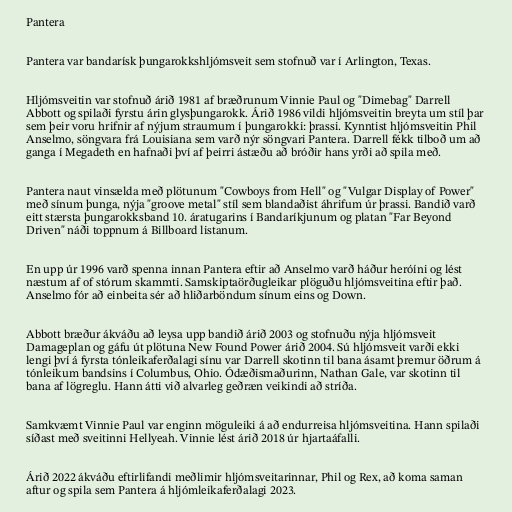
Pantera

Pantera var bandarísk þungarokkshljómsveit sem stofnuð var í Arlington, Texas.

Hljómsveitin var stofnuð árið 1981 af bræðrunum Vinnie Paul og "Dimebag" Darrell
Abbott og spilaði fyrstu árin glysþungarokk. Árið 1986 vildi hljómsveitin breyta um stíl þar
sem þeir voru hrifnir af nýjum straumum í þungarokki: þrassi. Kynntist hljómsveitin Phil
Anselmo, söngvara frá Louisiana sem varð nýr söngvari Pantera. Darrell fékk tilboð um að
ganga í Megadeth en hafnaði því af þeirri ástæðu að bróðir hans yrði að spila með.

Pantera naut vinsælda með plötunum "Cowboys from Hell" og "Vulgar Display of Power"
með sínum þunga, nýja "groove metal" stíl sem blandaðist áhrifum úr þrassi. Bandið varð
eitt stærsta þungarokksband 10. áratugarins í Bandaríkjunum og platan "Far Beyond
Driven" náði toppnum á Billboard listanum.

En upp úr 1996 varð spenna innan Pantera eftir að Anselmo varð háður heróíni og lést
næstum af of stórum skammti. Samskiptaörðugleikar plöguðu hljómsveitina eftir það.
Anselmo fór að einbeita sér að hliðarböndum sínum eins og Down.

Abbott bræður ákváðu að leysa upp bandið árið 2003 og stofnuðu nýja hljómsveit
Damageplan og gáfu út plötuna New Found Power árið 2004. Sú hljómsveit varði ekki
lengi því á fyrsta tónleikaferðalagi sínu var Darrell skotinn til bana ásamt þremur öðrum á
tónleikum bandsins í Columbus, Ohio. Ódæðismaðurinn, Nathan Gale, var skotinn til
bana af lögreglu. Hann átti við alvarleg geðræn veikindi að stríða.

Samkvæmt Vinnie Paul var enginn möguleiki á að endurreisa hljómsveitina. Hann spilaði
síðast með sveitinni Hellyeah. Vinnie lést árið 2018 úr hjartaáfalli.

Árið 2022 ákváðu eftirlifandi meðlimir hljómsveitarinnar, Phil og Rex, að koma saman
aftur og spila sem Pantera á hljómleikaferðalagi 2023.